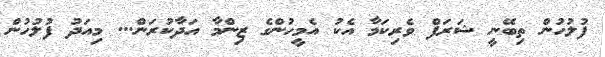
ފުލުހުން ތިބޭނީ ޝަރަފް ވެރިކަމާ އެކު އެމީހުންގެ ޒިންމާ އަދާކުރަން... މިއަދު ފުލުހުން